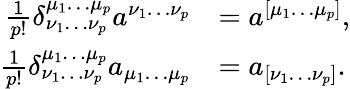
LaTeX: {\begin{array}{rl}{{\frac{1}{p!}}\delta_{\nu_{1}\dots\nu_{p}}^{\mu_{1}\dots\mu_{p}}a^{\nu_{1}\dots\nu_{p}}}&{=a^{[\mu_{1}\dots\mu_{p}]},}\\ {{\frac{1}{p!}}\delta_{\nu_{1}\dots\nu_{p}}^{\mu_{1}\dots\mu_{p}}a_{\mu_{1}\dots\mu_{p}}}&{=a_{[\nu_{1}\dots\nu_{p}]}.}\end{array}}